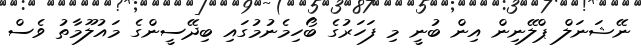
ނޭޝަނަލް ޕްލޭނިން އިން ބުނީ މި ފަހަރުގެ ބޯހިމެނުމުގައި ބިދޭސީންގެ މައުލޫމާތު ވެސް